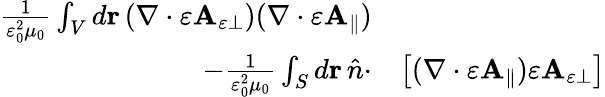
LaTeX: \begin{array}{rl}{\frac{1}{\varepsilon_{0}^{2}\mu_{0}}\int_{V}d\mathbf{r}\, (\nabla\cdot\varepsilon\mathbf{A}_{\varepsilon\perp})(\nabla\cdot\varepsilon\mathbf{A}_{\parallel})}&{}\\ {-\frac{1}{\varepsilon_{0}^{2}\mu_{0}}\int_{S}d\mathbf{r}\, \hat{n}\cdot}&{\left[(\nabla\cdot\varepsilon\mathbf{A}_{\parallel})\varepsilon\mathbf{A}_{\varepsilon\perp}\right]}\end{array}